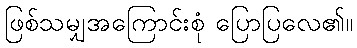
ဖြစ်သမျှအကြောင်းစုံ ပြောပြလေ၏။